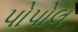
પોપોલ